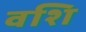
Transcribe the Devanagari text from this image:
वशि